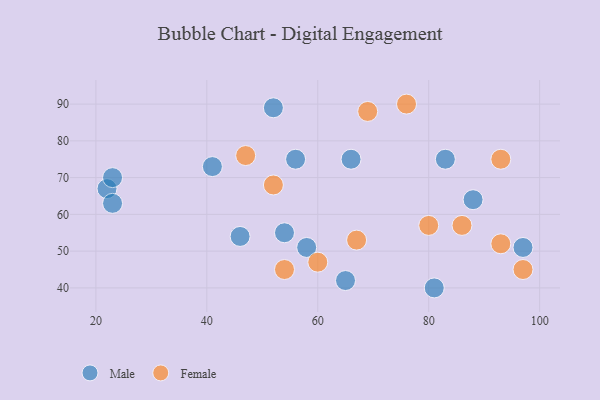
{"axis": {"x": "GDP", "y": "Life Expectancy"}, "legend": ["Female", "Male"], "data": [{"x": "88", "y": 64, "type": "Male"}, {"x": "52", "y": 89, "type": "Male"}, {"x": "81", "y": 40, "type": "Male"}, {"x": "22", "y": 67, "type": "Male"}, {"x": "46", "y": 54, "type": "Male"}, {"x": "58", "y": 51, "type": "Male"}, {"x": "83", "y": 75, "type": "Male"}, {"x": "23", "y": 70, "type": "Male"}, {"x": "56", "y": 75, "type": "Male"}, {"x": "65", "y": 42, "type": "Male"}, {"x": "66", "y": 75, "type": "Male"}, {"x": "97", "y": 51, "type": "Male"}, {"x": "23", "y": 63, "type": "Male"}, {"x": "54", "y": 55, "type": "Male"}, {"x": "41", "y": 73, "type": "Male"}, {"x": "86", "y": 57, "type": "Female"}, {"x": "80", "y": 57, "type": "Female"}, {"x": "60", "y": 47, "type": "Female"}, {"x": "52", "y": 68, "type": "Female"}, {"x": "93", "y": 52, "type": "Female"}, {"x": "54", "y": 45, "type": "Female"}, {"x": "47", "y": 76, "type": "Female"}, {"x": "67", "y": 53, "type": "Female"}, {"x": "76", "y": 90, "type": "Female"}, {"x": "69", "y": 88, "type": "Female"}, {"x": "93", "y": 75, "type": "Female"}, {"x": "97", "y": 45, "type": "Female"}]}